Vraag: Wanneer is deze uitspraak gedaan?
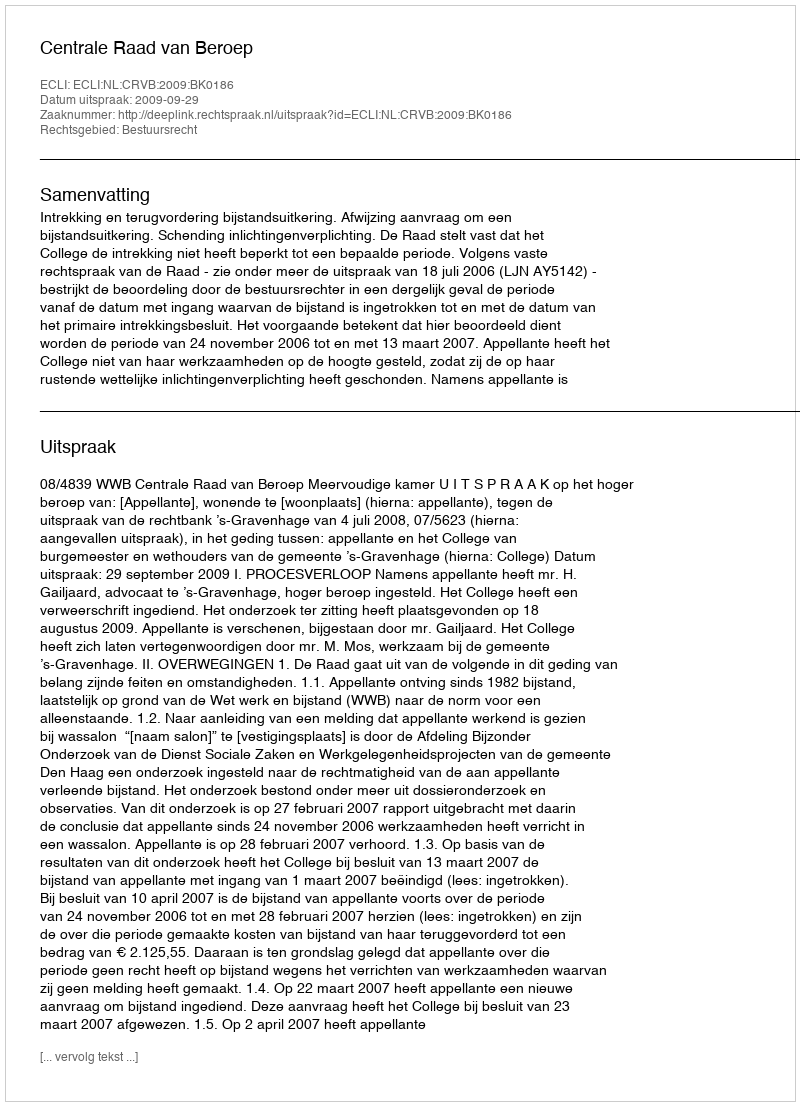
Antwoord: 2009-09-29